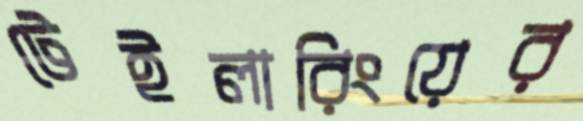
টেইলারিংয়ের